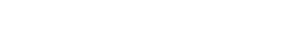
ရေးသူ တွေက သုံးသပ်ကြပါတယ်။